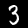
Label: 3